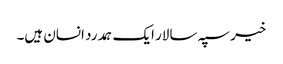
خیر سپہ سالار ایک ہمدرد انسان ہیں۔